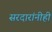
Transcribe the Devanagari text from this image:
सरदारांनीही